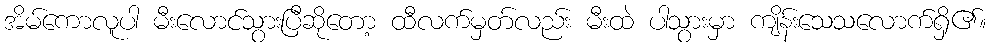
အိမ်ကောလူပါ မီးလောင်သွားပြီဆိုတော့ ထီလက်မှတ်လည်း မီးထဲ ပါသွားမှာ ကျိန်းသေသလောက်ရှိ၏။